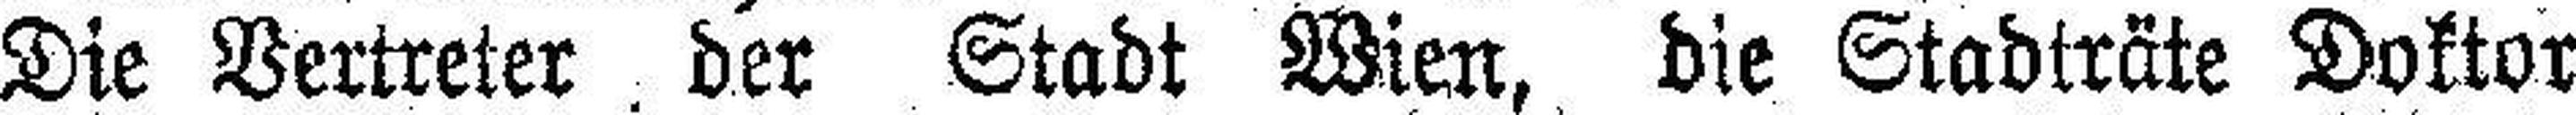
Die Vertreter der Stadt Wien, die Stadträte Doktor